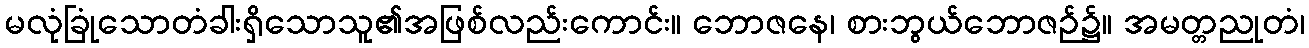
မလုံခြုံသောတံခါးရှိသောသူ၏အဖြစ်လည်းကောင်း။ ဘောဇနေ၊ စားဘွယ်ဘောဇဉ်၌။ အမတ္တညုတံ၊